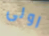
اولى